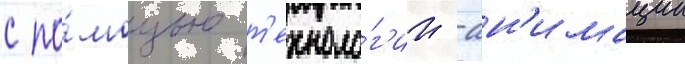
с по́мощью т'ехноло́г'ии -ан'имации